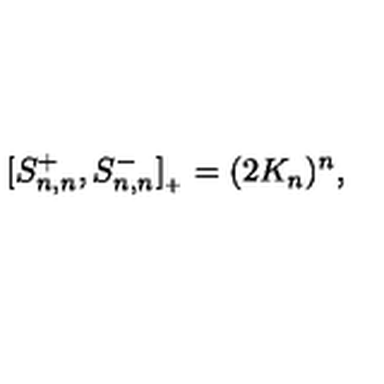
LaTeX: [ S _ { n , n } ^ { + } , S _ { n , n } ^ { - } ] _ { { } _ { + } } = ( 2 K _ { n } ) ^ { n } ,